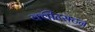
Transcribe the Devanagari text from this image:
क्वीन्सटन